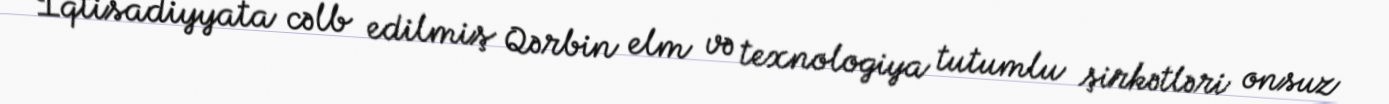
İqtisadiyyata cəlb edilmiş Qərbin elm və texnologiya tutumlu şirkətləri onsuz